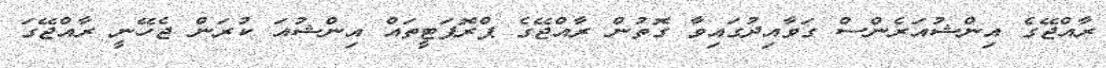
ރާއްޖޭގެ އިންޝުއަރެންސް ގަވާއިދުގައިވާ ގޮތުން ރާއްޖޭގެ ޕްރޮޕަޓީތައް އިންޝުއަ ކުރަން ޖެހޭނީ ރާއްޖޭގަ